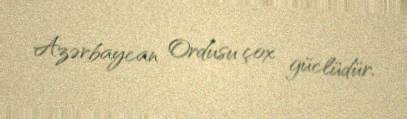
Azərbaycan Ordusu çox güclüdür.